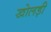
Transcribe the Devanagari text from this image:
खोलड़ी